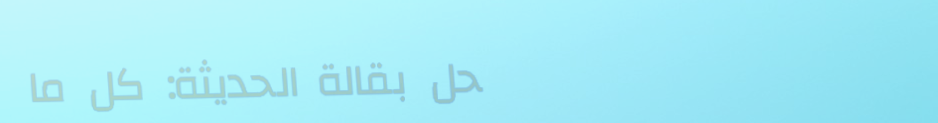
محل بقالة الحديثة: كل ما